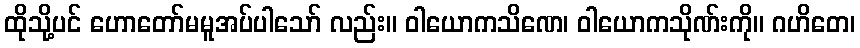
ထိုသို့ပင် ဟောတော်မမူအပ်ပါသော် လည်း။ ဝါယောကသိဏေ၊ ဝါယောကသိုဏ်းကို။ ဂဟိတေ၊